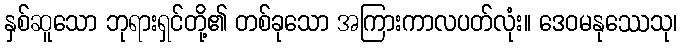
နှစ်ဆူသော ဘုရားရှင်တို့၏ တစ်ခုသော အကြားကာလပတ်လုံး။ ဒေဝမနုဿေသု၊